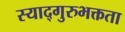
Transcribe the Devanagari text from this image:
स्याद्गुरुभक्तता